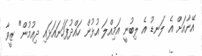
އޭނާއަށް އެ ލަނޑު އެ ލިބުނީ އަމިއްލަ އުޅުން ހައްދުފަހަނައަޅައި ދިއުމުން" ޒީވާ